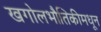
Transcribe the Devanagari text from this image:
खगोलभौतिकीमधून